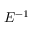
E ^ { - 1 }